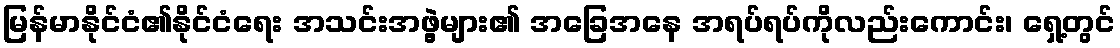
မြန်မာနိုင်ငံ၏နိုင်ငံရေး အသင်းအဖွဲ့များ၏ အခြေအနေ အရပ်ရပ်ကိုလည်းကောင်း၊ ရှေ့တွင်